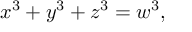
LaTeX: x ^ { 3 } + y ^ { 3 } + z ^ { 3 } = w ^ { 3 } ,